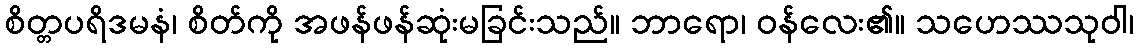
စိတ္တပရိဒမနံ၊ စိတ်ကို အဖန်ဖန်ဆုံးမခြင်းသည်။ ဘာရော၊ ဝန်လေး၏။ သဟေဿသုဝါ၊